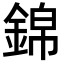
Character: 錦